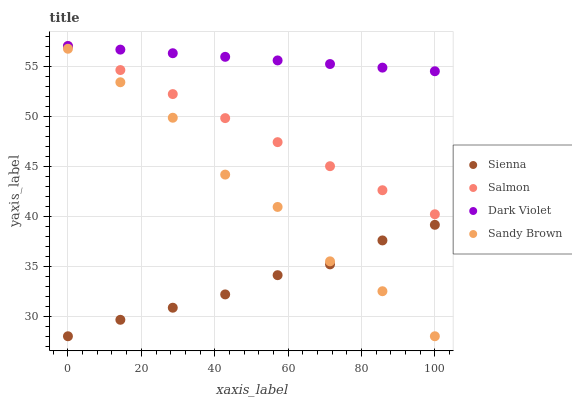
| xaxis_label | Sienna | Salmon | Dark Violet | Sandy Brown |
 | --- | --- | --- | --- | --- |
 | 0 | 28 | 57 | 57 | 56.7 |
 | 14.3 | 29.6 | 54.6 | 56.6 | 53.4 |
 | 28.6 | 30.9 | 52.2 | 56.3 | 49.8 |
 | 42.9 | 32.2 | 49.8 | 55.9 | 44.2 |
 | 57.1 | 34.1 | 47.4 | 55.6 | 40.9 |
 | 71.4 | 35.2 | 45 | 55.2 | 35.5 |
 | 85.7 | 37.6 | 42.6 | 54.8 | 32.5 |
 | 100 | 39.1 | 40.2 | 54.5 | 28 |